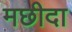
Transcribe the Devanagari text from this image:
मछीदा